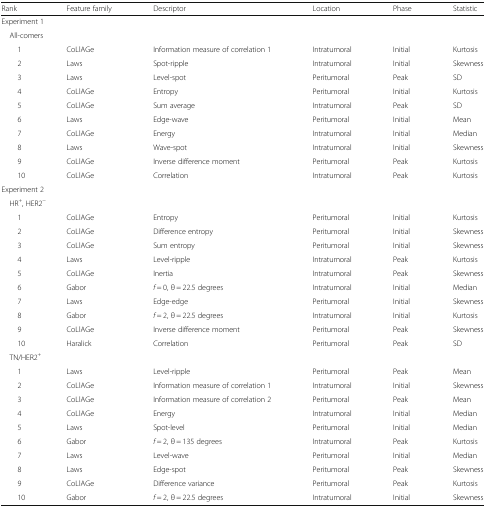
<table><thead><tr><td><b>Rank</b></td><td><b>Feature family</b></td><td><b>Descriptor</b></td><td><b>Location</b></td><td><b>Phase</b></td><td><b>Statistic</b></td></tr></thead><tbody><tr><td colspan="6">Experiment 1</td></tr><tr><td colspan="6"> All-comers</td></tr><tr><td>1</td><td>CoLlAGe</td><td>Information measure of correlation 1</td><td>Intratumoral</td><td>Initial</td><td>Kurtosis</td></tr><tr><td>2</td><td>Laws</td><td>Spot-ripple</td><td>Intratumoral</td><td>Initial</td><td>Skewness</td></tr><tr><td>3</td><td>Laws</td><td>Level-spot</td><td>Peritumoral</td><td>Peak</td><td>SD</td></tr><tr><td>4</td><td>CoLlAGe</td><td>Entropy</td><td>Peritumoral</td><td>Initial</td><td>Kurtosis</td></tr><tr><td>5</td><td>CoLlAGe</td><td>Sum average</td><td>Intratumoral</td><td>Peak</td><td>SD</td></tr><tr><td>6</td><td>Laws</td><td>Edge-wave</td><td>Peritumoral</td><td>Initial</td><td>Mean</td></tr><tr><td>7</td><td>CoLlAGe</td><td>Energy</td><td>Intratumoral</td><td>Initial</td><td>Median</td></tr><tr><td>8</td><td>Laws</td><td>Wave-spot</td><td>Intratumoral</td><td>Initial</td><td>Skewness</td></tr><tr><td>9</td><td>CoLlAGe</td><td>Inverse difference moment</td><td>Peritumoral</td><td>Peak</td><td>Kurtosis</td></tr><tr><td>10</td><td>CoLlAGe</td><td>Correlation</td><td>Intratumoral</td><td>Peak</td><td>Kurtosis</td></tr><tr><td colspan="6">Experiment 2</td></tr><tr><td colspan="6"> HR<sup>+</sup>, HER2<sup>−</sup></td></tr><tr><td>1</td><td>CoLlAGe</td><td>Entropy</td><td>Peritumoral</td><td>Initial</td><td>Kurtosis</td></tr><tr><td>2</td><td>CoLlAGe</td><td>Difference entropy</td><td>Peritumoral</td><td>Initial</td><td>Skewness</td></tr><tr><td>3</td><td>CoLlAGe</td><td>Sum entropy</td><td>Peritumoral</td><td>Initial</td><td>Skewness</td></tr><tr><td>4</td><td>Laws</td><td>Level-ripple</td><td>Intratumoral</td><td>Peak</td><td>Kurtosis</td></tr><tr><td>5</td><td>CoLlAGe</td><td>Inertia</td><td>Intratumoral</td><td>Peak</td><td>Skewness</td></tr><tr><td>6</td><td>Gabor</td><td><i>f</i> = 0, θ = 22.5 degrees</td><td>Intratumoral</td><td>Initial</td><td>Median</td></tr><tr><td>7</td><td>Laws</td><td>Edge-edge</td><td>Peritumoral</td><td>Initial</td><td>Skewness</td></tr><tr><td>8</td><td>Gabor</td><td><i>f</i> = 2, θ = 22.5 degrees</td><td>Intratumoral</td><td>Initial</td><td>Kurtosis</td></tr><tr><td>9</td><td>CoLlAGe</td><td>Inverse difference moment</td><td>Peritumoral</td><td>Peak</td><td>Skewness</td></tr><tr><td>10</td><td>Haralick</td><td>Correlation</td><td>Peritumoral</td><td>Peak</td><td>SD</td></tr><tr><td colspan="6"> TN/HER2<sup>+</sup></td></tr><tr><td>1</td><td>Laws</td><td>Level-ripple</td><td>Peritumoral</td><td>Peak</td><td>Mean</td></tr><tr><td>2</td><td>CoLlAGe</td><td>Information measure of correlation 1</td><td>Intratumoral</td><td>Initial</td><td>Skewness</td></tr><tr><td>3</td><td>CoLlAGe</td><td>Information measure of correlation 2</td><td>Peritumoral</td><td>Peak</td><td>Mean</td></tr><tr><td>4</td><td>CoLlAGe</td><td>Energy</td><td>Intratumoral</td><td>Initial</td><td>Median</td></tr><tr><td>5</td><td>Laws</td><td>Spot-level</td><td>Peritumoral</td><td>Initial</td><td>Median</td></tr><tr><td>6</td><td>Gabor</td><td><i>f</i> = 2, θ = 135 degrees</td><td>Intratumoral</td><td>Peak</td><td>Kurtosis</td></tr><tr><td>7</td><td>Laws</td><td>Level-wave</td><td>Peritumoral</td><td>Initial</td><td>Median</td></tr><tr><td>8</td><td>Laws</td><td>Edge-spot</td><td>Peritumoral</td><td>Peak</td><td>Skewness</td></tr><tr><td>9</td><td>CoLlAGe</td><td>Difference variance</td><td>Peritumoral</td><td>Peak</td><td>Kurtosis</td></tr><tr><td>10</td><td>Gabor</td><td><i>f</i> = 2, θ = 22.5 degrees</td><td>Intratumoral</td><td>Initial</td><td>Skewness</td></tr></tbody></table>